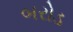
બરોડ